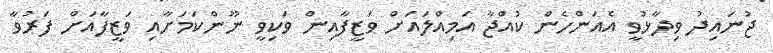
ޖުނައިދު ވިދާޅުވީ އެއަންހެން ކުއްޖާ އަމިއްލައަށް ވަޒީފާއިން ވަކިވީ ނޫންކަމަށާއި ވަޒީފާއަށް ފަރުވާ